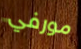
مورفي